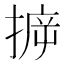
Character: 𢯪